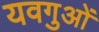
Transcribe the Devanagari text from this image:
यवगुओं